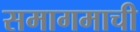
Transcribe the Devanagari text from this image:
समागमाची